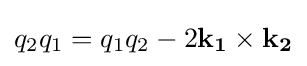
q_{2}q_{1}=q_{1}q_{2}-2\mathbf {k_{1}} \times \mathbf {k_{2}}